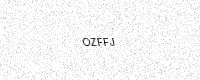
Text: OZFFJ